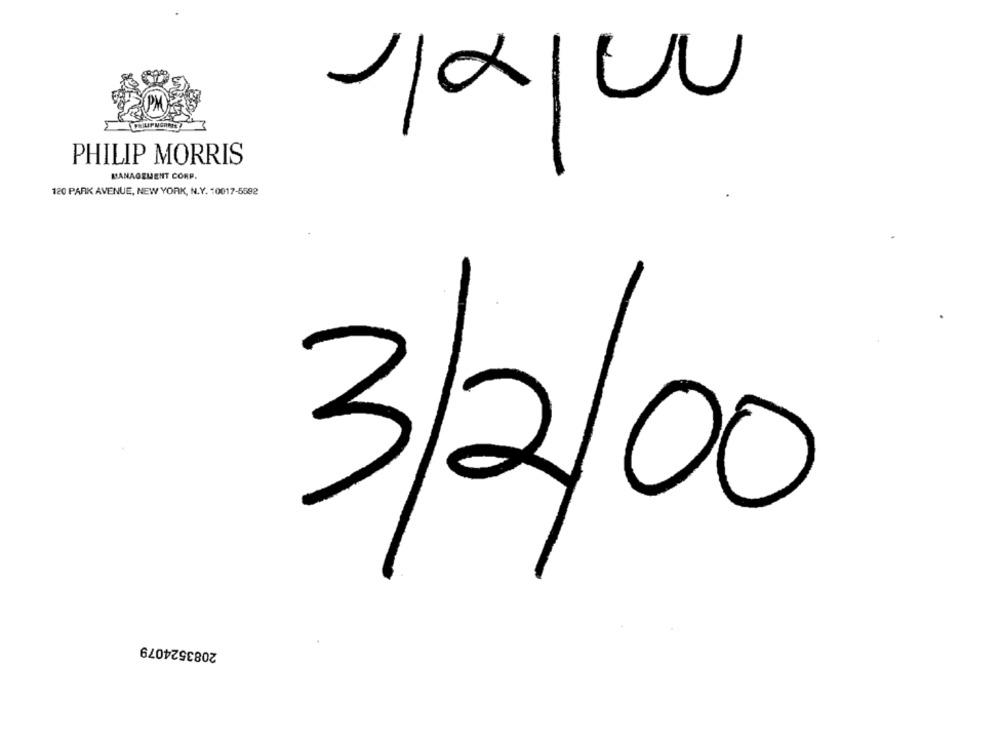
Ja/ou
PHILIP MORRIS
MANAGEMENT CORP.
120 PARK AVENUE, NEW YORK, N.Y. 10017-5592
3/200
2083524079